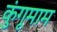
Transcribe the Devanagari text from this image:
कुंगूमाम